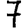
Digit: 7